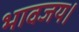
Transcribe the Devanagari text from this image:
भावजय।